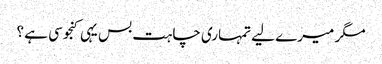
مگر میرے لیے تمہاری چاہت بس یہی کنجوسی ہے ؟